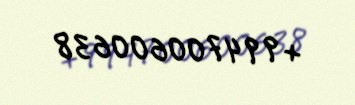
+994700600638